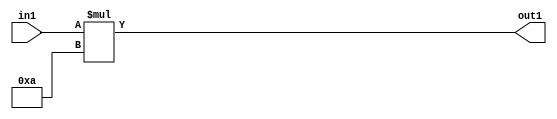
`timescale 1ps / 1ps
/*****************************************************************************
    Verilog RTL Description
    
    
    Created by: Stratus DpOpt 2019.1.01 
*******************************************************************************/

module cache_Mul2i10u5_1 (
	in1,
	out1
	); /* architecture "behavioural" */ 
input [4:0] in1;
output [8:0] out1;
wire [8:0] asc001;

assign asc001 = 
	+(in1 * 9'B000001010);

assign out1 = asc001;
endmodule

/* CADENCE  urX4Qwo= : u9/ySgnWtBlWxVPRXgAZ4Og= ** DO NOT EDIT THIS LINE ******/